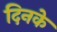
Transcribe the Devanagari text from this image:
दिनके